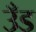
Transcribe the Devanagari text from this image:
उँड